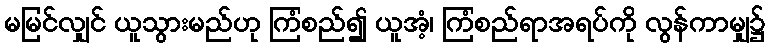
မမြင်လျှင် ယူသွားမည်ဟု ကြံစည်၍ ယူအံ့၊ ကြံစည်ရာအရပ်ကို လွန်ကာမျှ၌